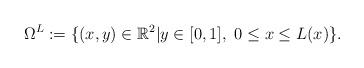
LaTeX: \begin{align*}\Omega^L := \{(x,y)\in\mathbb{R}^2 | y\in [0,1],\ 0 \leq x \leq L(x)\}.\end{align*}